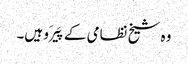
وہ شیخ نظامی کے پَیرَو ہیں۔